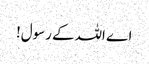
اے اللہ کے رسول!